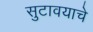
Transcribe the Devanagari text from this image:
सुटावयाचे